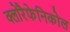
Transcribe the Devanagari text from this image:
क्लोरैफेनिकोल